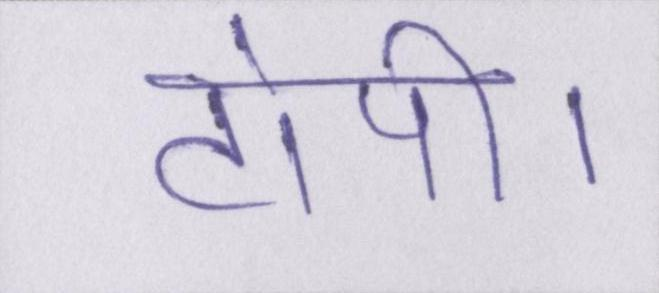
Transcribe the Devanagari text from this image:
टोपी।